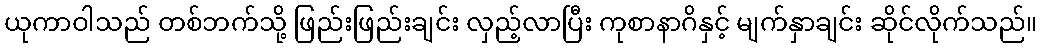
ယုကာဝါသည် တစ်ဘက်သို့ ဖြည်းဖြည်းချင်း လှည့်လာပြီး ကုစာနာဂိနှင့် မျက်နှာချင်း ဆိုင်လိုက်သည်။